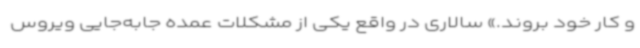
و کار خود بروند.» سالاری در واقع یکی از مشکلات عمده جابه‌جایی ویروس